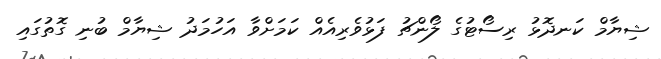
ޝިޔާމް ކަނދޮޅު ރިސޯޓުގެ ލޯންޗު ފަޅުވެރިއެއް ކަމަށްވާ އަހުމަދު ޝިޔާމް ބުނި ގޮތުގައި